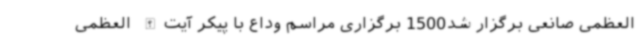
العظمی صانعی برگزار شد1500 برگزاری مراسم وداع با پیکر آیت‌الله العظمی